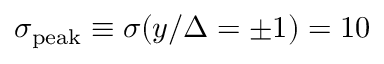
\sigma _ { \mathrm { p e a k } } \equiv \sigma ( y / \Delta = \pm 1 ) = 1 0